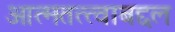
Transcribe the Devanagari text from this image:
आत्मतत्त्वाबद्दल